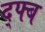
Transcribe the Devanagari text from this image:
द्फ्ब